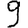
Digit: 9